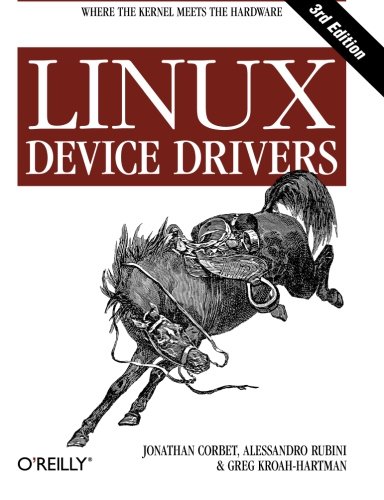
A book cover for Linux Device Drivers, 3rd Edition; Jonathan Corbet; Computers & Technology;